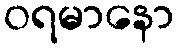
ဝရမာနော